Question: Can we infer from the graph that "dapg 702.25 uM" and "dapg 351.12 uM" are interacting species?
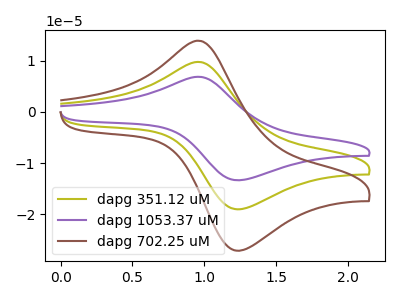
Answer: <think>The olive curve "dapg 351.12 uM" has an anodic peak at (0.95V, 9.75uA) and a cathodic peak at (1.25V, -19.00uA). The purple curve "dapg 1053.37 uM" has an anodic peak at (0.95V, 19.50uA) and a cathodic peak at (1.25V, -38.00uA). The brown curve "dapg 702.25 uM" has an anodic peak at (0.95V, 13.90uA) and a cathodic peak at (1.25V, -27.05uA).
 All the peaks in "dapg 702.25 uM" have a peak in "dapg 351.12 uM" at the same potential. Every peak in "dapg 702.25 uM" is higher than every peak in "dapg 351.12 uM".</think>
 <answer>No, "dapg 702.25 uM" and "dapg 351.12 uM" don't appear to be significantly different in shape</answer>
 <eval>no_change</eval>